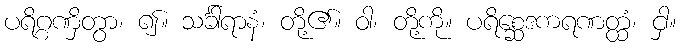
ပရိဂ္ဂဏှိတွာ၊ ၍။ သင်္ခါရာနံ၊ တို့၏။ ဝါ၊ တို့ကို။ ပရိစ္ဆေဒကရဏတ္ထံ၊ ငှါ။